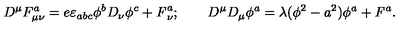
D ^ { \mu } F _ { \mu \nu } ^ { a } = e \varepsilon _ { a b c } \phi ^ { b } D _ { \nu } \phi ^ { c } + { \it F } _ { \nu } ^ { a } ; \qquad D ^ { \mu } D _ { \mu } \phi ^ { a } = \lambda ( \phi ^ { 2 } - a ^ { 2 } ) \phi ^ { a } + { \it F } ^ { a } .